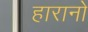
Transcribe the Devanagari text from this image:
हारानो